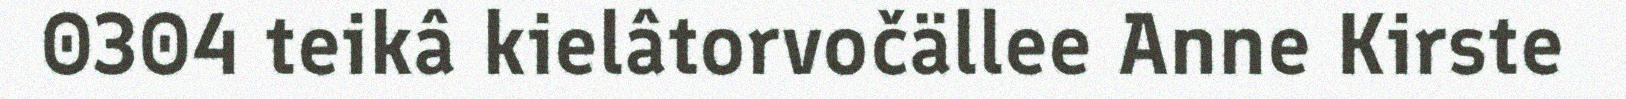
0304 teikâ kielâtorvočällee Anne Kirste